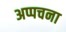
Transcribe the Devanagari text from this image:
अप्पचना